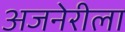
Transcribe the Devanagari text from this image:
अजनेरीला